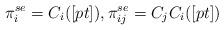
LaTeX: \begin{align*}\pi_i^{se}=C_i([pt]),\pi^{se}_{ij}=C_jC_i([pt])\end{align*}